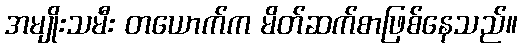
အမျိုးသမီး တယောက်က မိတ်ဆက်စာဖြစ်နေသည်။